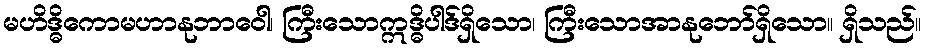
မဟိဒ္ဓိကောမဟာနုဘာဝေါ၊ ကြီးသောဣဒ္ဓိပါဒ်ရှိသော၊ ကြီးသောအာနုဘော်ရှိသော။ ရှိသည်။